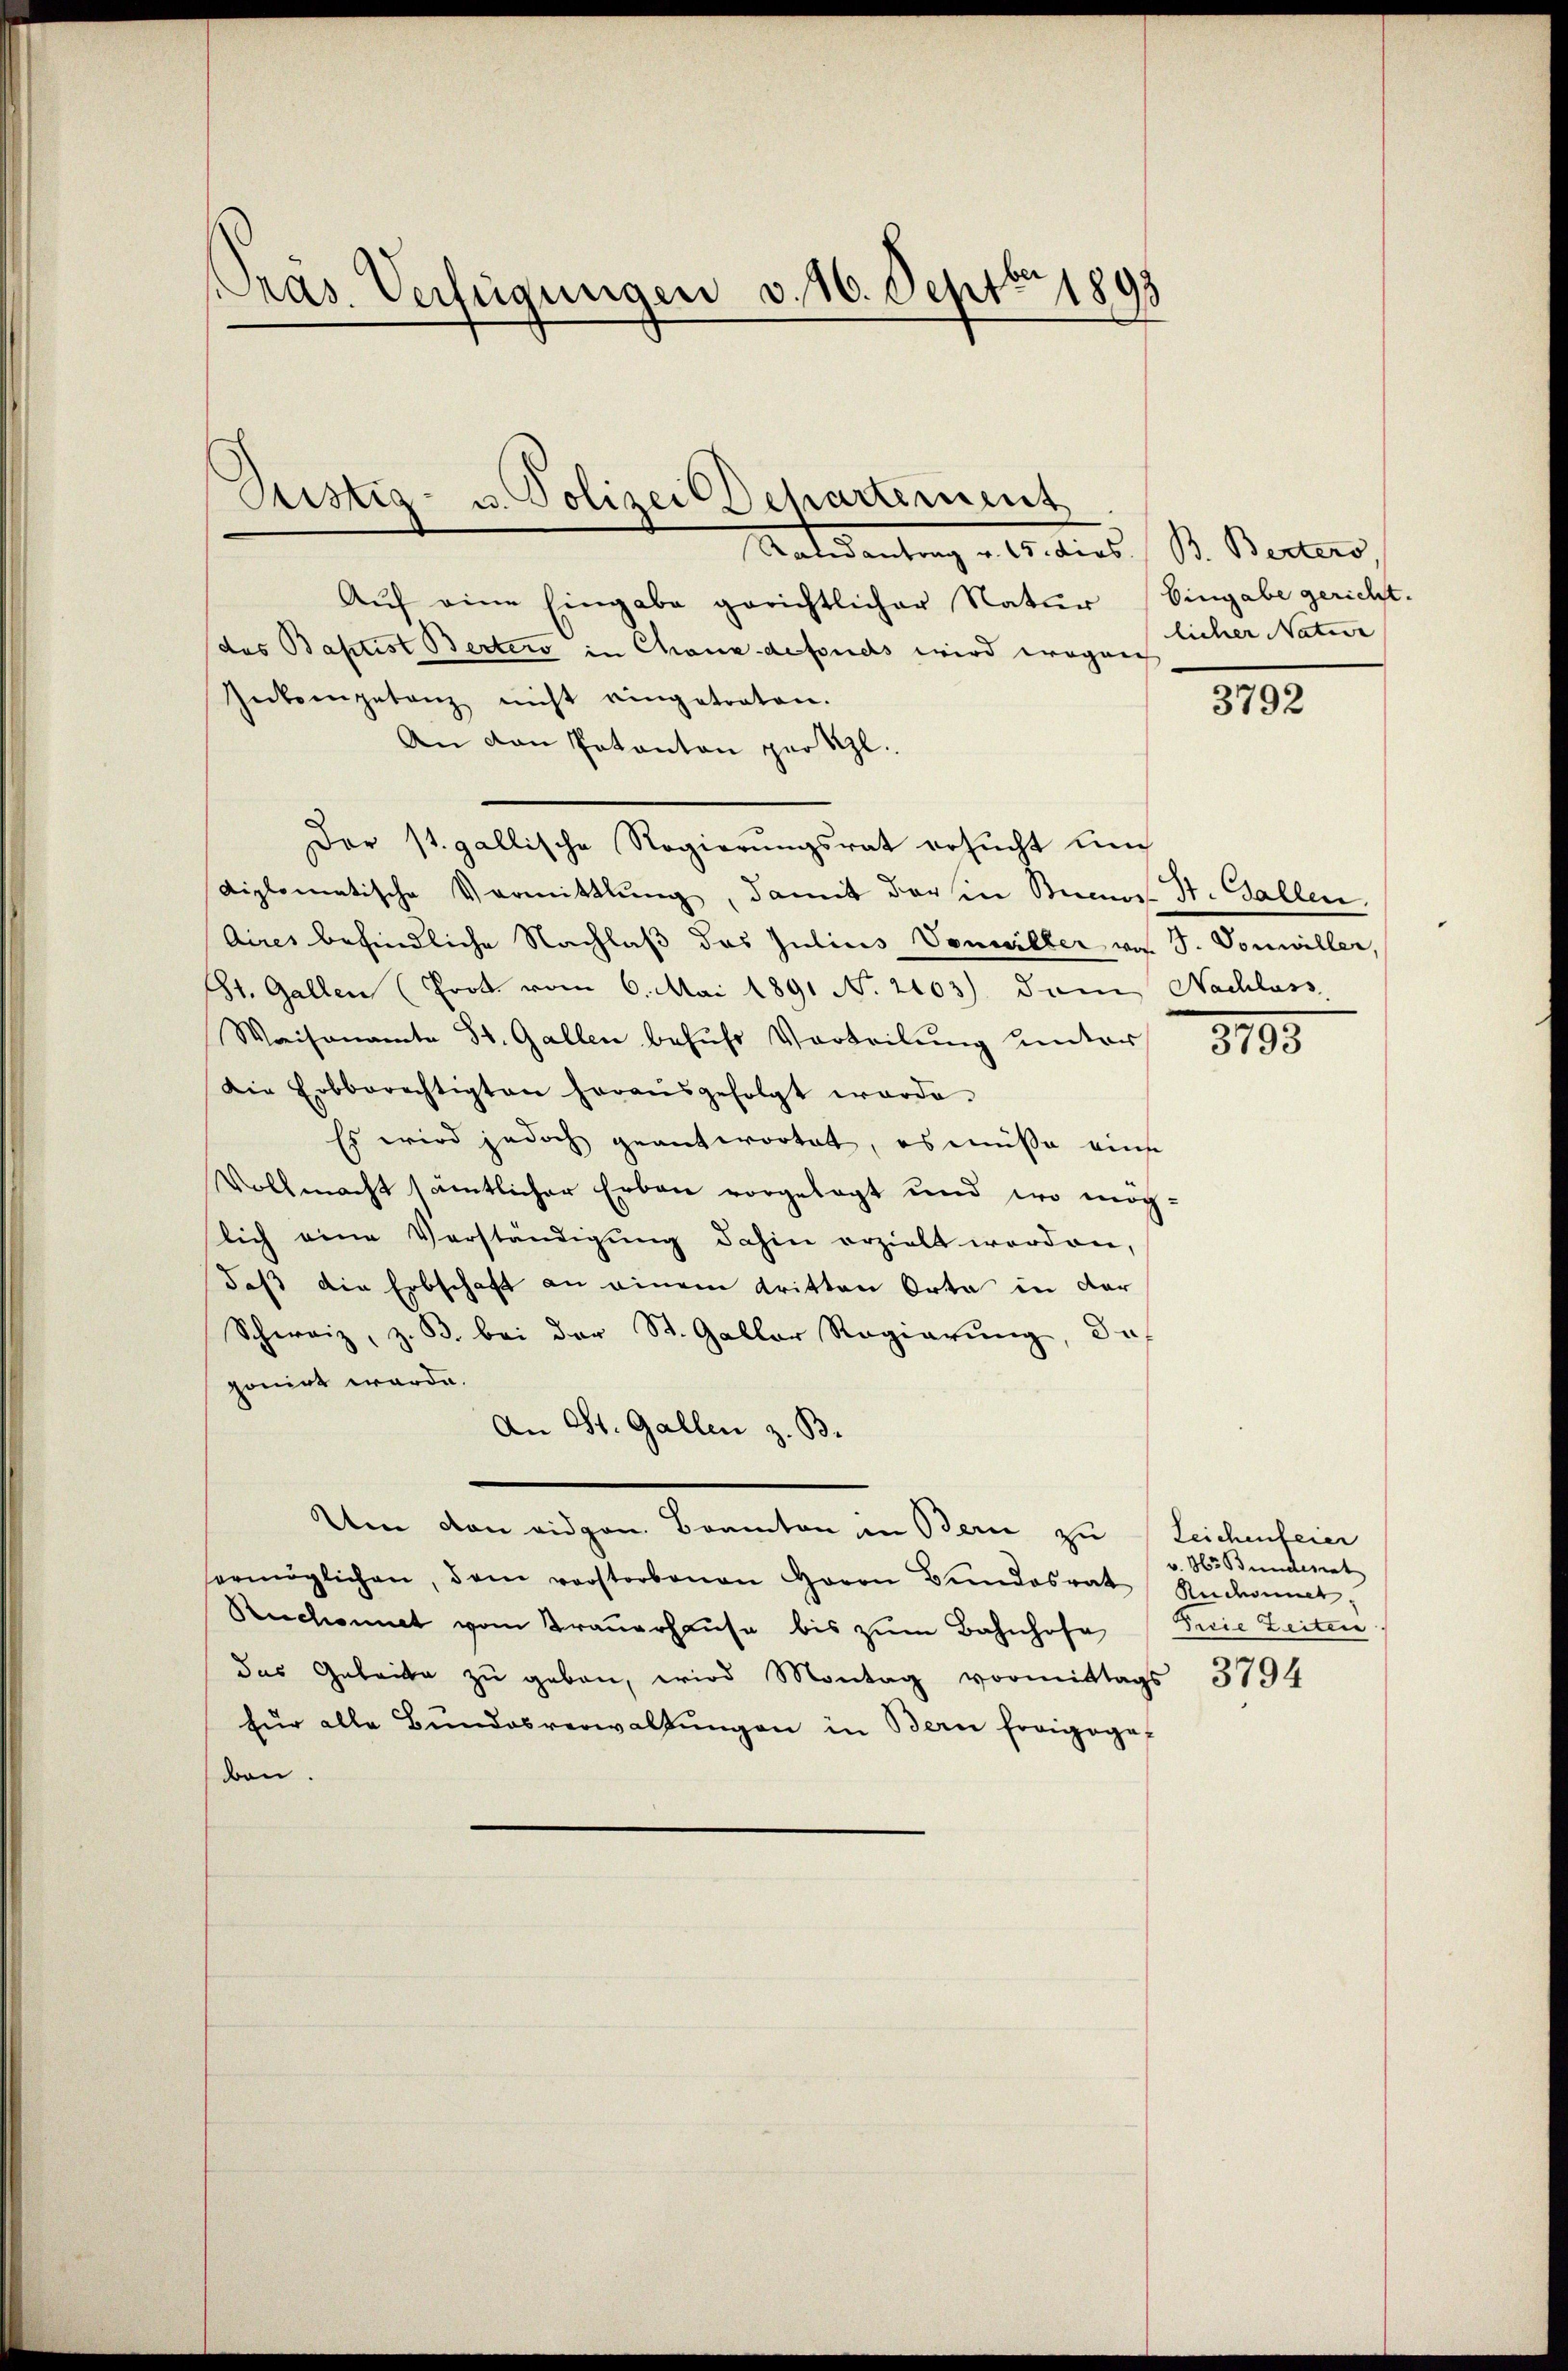
Pras. Verfügungen v. 16. Septbr 1893

Randantrag v. 15. dies. B. Bertero
Aŭf eine Eingabe gerichtlicher Natur (Eingabe gericht.
das Baptist Bertero in Chane defonds wird wegnech
Inkompetenz nicht eingetraten.
An den Patanton per Szl.
Der st. gallische Regierungsrat ersucht un
diplomatische Vormittlung, damit der in Stimmt St. Gallen
Aires befindliche Nachlaß das Julius Vonwiller von S. Vonwiller,
St. Gallen (Prot. vom 6. Mai 1891 No 2103) dem Nachlass,
Waisenamte St. Gallen befuhr Vorteilung unter 3793
Die Erbberechtigten herausgefolgt werde.
Es wird jedoch geantwortet, es müsse eine
Vollmacht sämtlicher Erbau vorgelegt und wo mög-
lich eine Verständigung dahin erzielt worden,
daß die Erbschaft an einem dritten Orte in der
Schweiz, z. B. bei der St. Galler Regierŭng, de
ponirt werde.
An St. Gallen z. B.
Um von eidgen. Brannten in Bern zu Leichenfeier
ermöglichen, dem vorstorbenen Herrn Bundesrat Rückant,
Reichemit vom Trauerhause bis zum Bahnhofe die Zeiten
das Geleite zŭ geben, wird Montag vormittags 3794
für alle Bŭndesverwaltŭngen in Bern fragoge-
don.

Justiz- u. Polizei Departement

licher Natur

3792

v. Hr. Bunderat